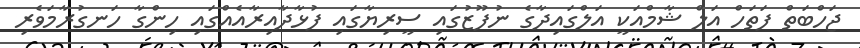
ޖަހްބަތް ފަތަހް އަލް ޝާމްއަކީ އަލްގައިދާގެ ނުފޫޒުގައި ސީރިޔާގައި ފުޅާދާއިރާއެއްގައި ހިންގާ ހަނގުރާމަވެރި